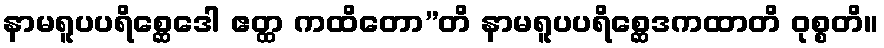
နာမရူပပရိစ္ဆေဒေါ ဧတ္ထ ကထိတော”တိ နာမရူပပရိစ္ဆေဒကထာတိ ဝုစ္စတိ။